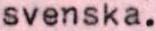
svenska.